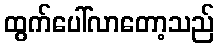
ထွက်ပေါ်လာတော့သည်